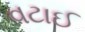
વટાઈ